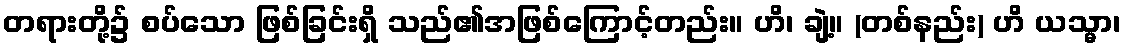
တရားတို့၌ စပ်သော ဖြစ်ခြင်းရှိ သည်၏အဖြစ်ကြောင့်တည်း။ ဟိ၊ ချဲ့။ (တစ်နည်း) ဟိ ယသ္မာ၊